Civil Veterinary Department Bihar & Orissa reports 1922-29 - 1922-1929
Year: 1922
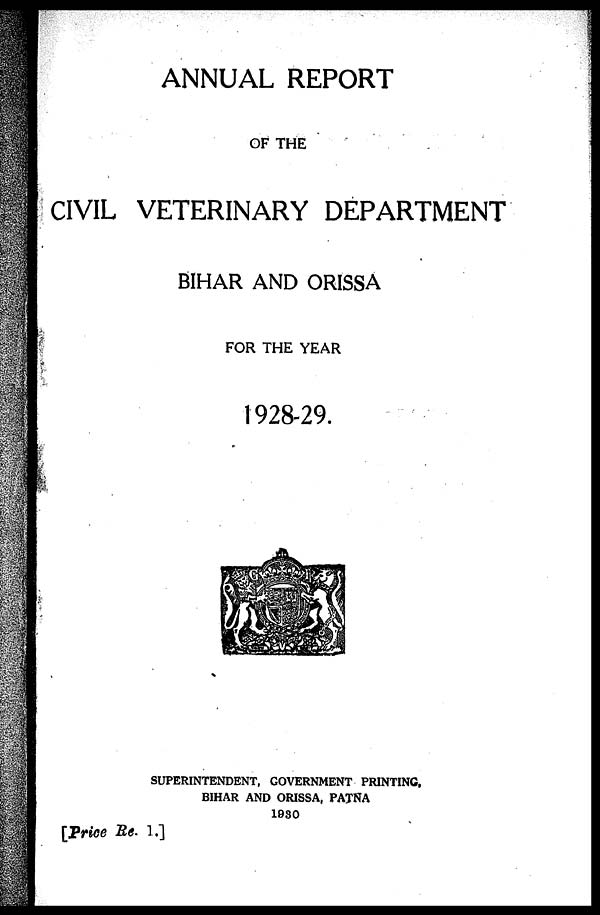
ANNUAL REPORT
OF THE
CIVIL VETERINARY DEPARTMENT
BIHAR AND ORISSA
FOR THE YEAR
1928-29.
SUPERINTENDENT, GOVERNMENT PRINTING,
BIHAR AND ORISSA, PATNA
1930
[Price Re. 1.]